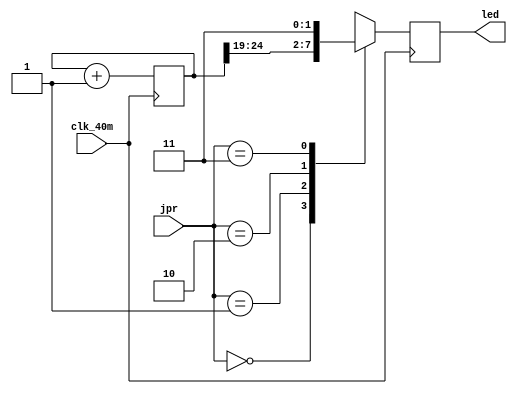
`timescale 1ns / 1ps

module blinky_test
(
	input clk_40m,
	input [1:0]jpr,
	output reg [1:0]led
);
	reg [31:0]cnt;
	always @ (posedge clk_40m) begin
		cnt <= cnt + 1;
		case (jpr)
			2'b00: led <= cnt[24:23];
			2'b01: led <= cnt[22:21];
			2'b10: led <= cnt[20:19];
			2'b11: led <= 2'b11;
		endcase
	end
endmodule